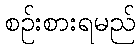
စဉ်းစားရမည်